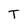
Character: T